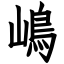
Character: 嶋